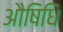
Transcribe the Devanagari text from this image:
औषिधि